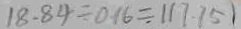
1 8 . 8 4 \div 0 . 1 6 \div 1 1 7 . 7 5 1